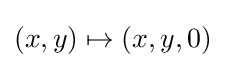
(x,y)\mapsto (x,y,0)